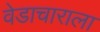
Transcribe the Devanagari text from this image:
वेडाचाराला